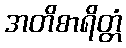
အတိစာရိတ္တံ